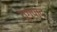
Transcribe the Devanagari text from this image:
युगपाद